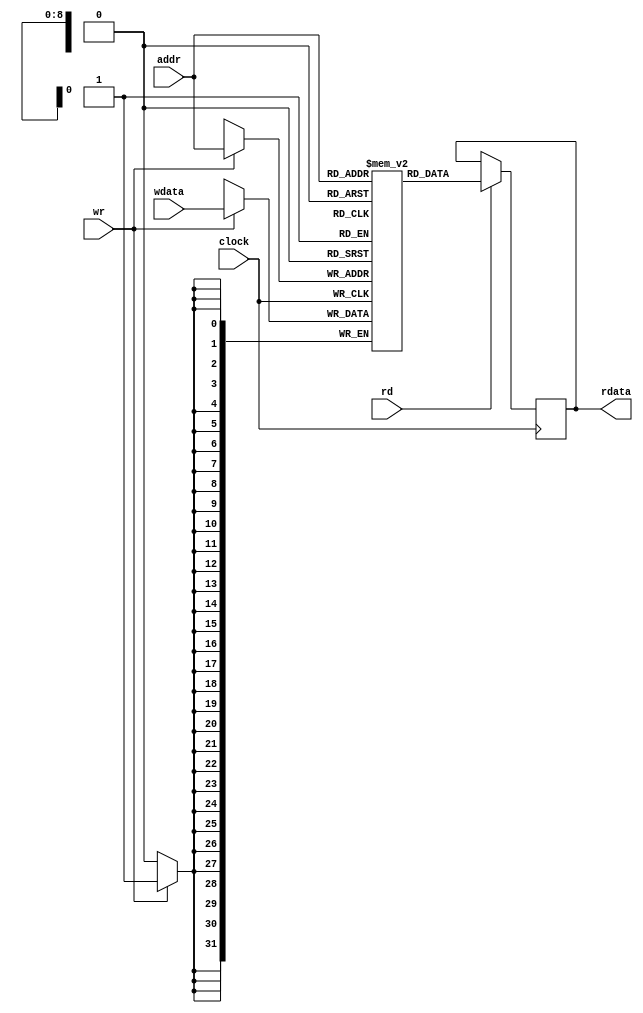
`timescale 1ns / 1ns
module ram
(
    input clock,
    input [8:0] addr,
    input wr,
    input [31:0] wdata,
    input rd,
    output reg [31:0] rdata
);

reg [31:0] memory [0:511];

always @(posedge clock) begin
if (wr == 1)
	memory[addr] <= wdata;
if (rd == 1)
	rdata <= memory[addr];
end

endmodule